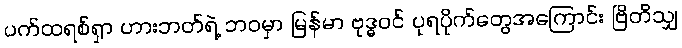
ပက်ထရစ်ရှာ ဟားဘတ်ရဲ့ ဘဝမှာ မြန်မာ ဗုဒ္ဓဝင် ပုရပိုက်တွေအကြောင်း ဗြိတိသျှ